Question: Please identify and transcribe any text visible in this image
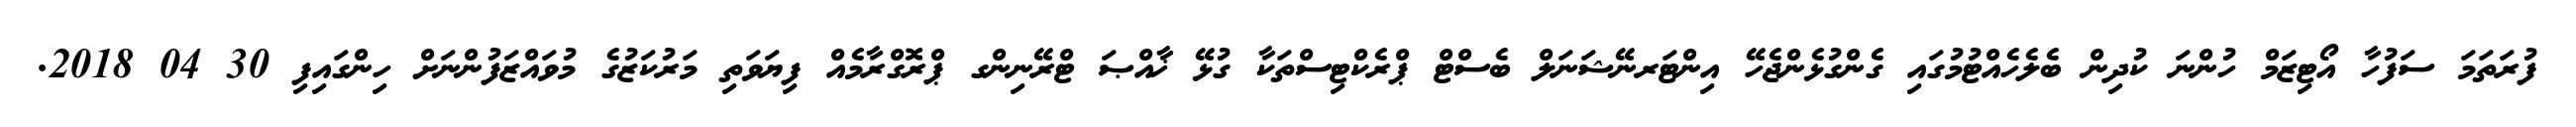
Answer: ފުރަތަމަ ސަފުހާ އޯޓިޒަމް ހުންނަ ކުދިން ބެލެހެއްޓުމުގައި ގެންގުޅެންޖެހޭ އިންޓަރނޭޝަނަލް ބެސްޓް ޕްރެކްޓިސްތަކާ ގުޅޭ ޚާއްޞަ ޓްރޭނިންގ ޕްރޮގްރާމެއް ފިޔަވަތި މަރުކަޒުގެ މުވައްޒަފުންނަށް ހިންގައިފި 30 04 2018.